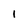
Character: l